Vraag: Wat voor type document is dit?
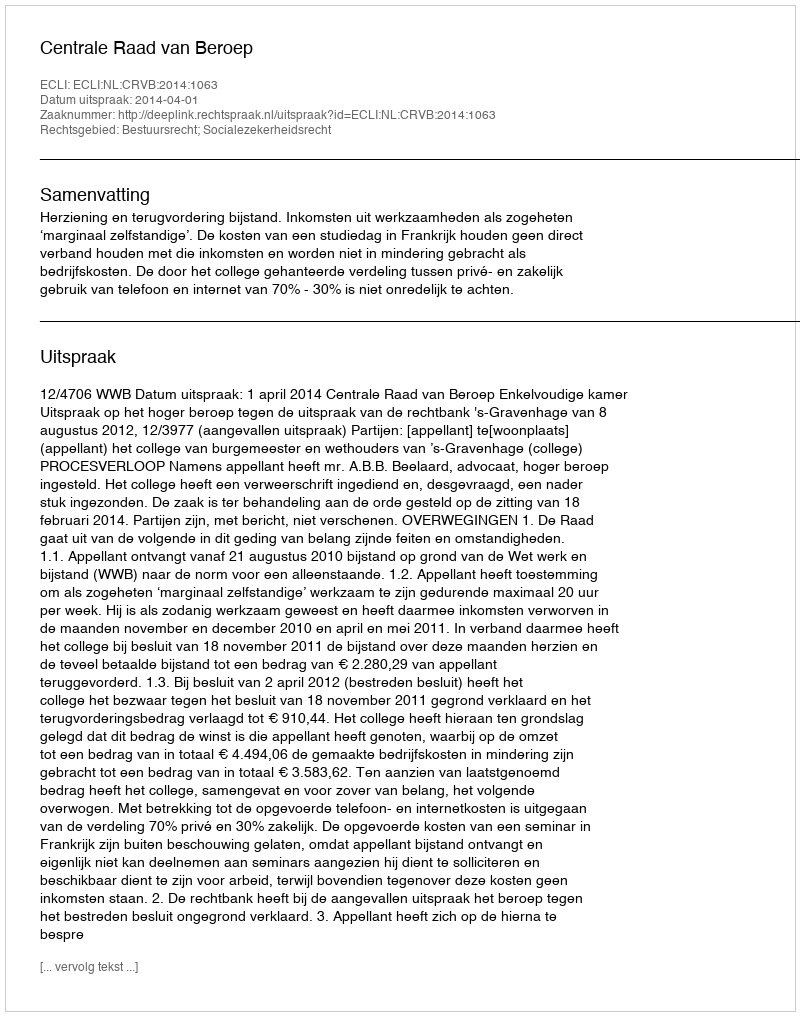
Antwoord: Uitspraak